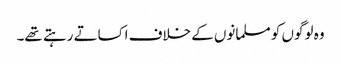
وہ لوگوں کو مسلمانوں کے خلاف اکساتے رہتے تھے۔